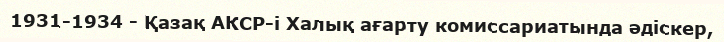
1931-1934 - Қазақ АКСР-і Халық ағарту комиссариатында әдіскер,